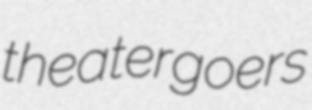
theatergoers